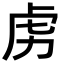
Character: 虏